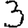
Digit: 3